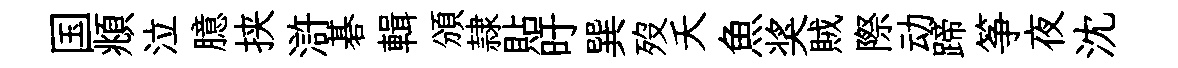
国頫泣臆挟滸碁輯頒隷貼旴巽歿夭魚奖賊際动蹄筝夜沈